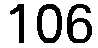
106